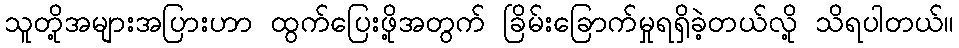
သူတို့အများအပြားဟာ ထွက်ပြေးဖို့အတွက် ခြိမ်းခြောက်မှုရရှိခဲ့တယ်လို့ သိရပါတယ်။